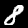
Digit: 8